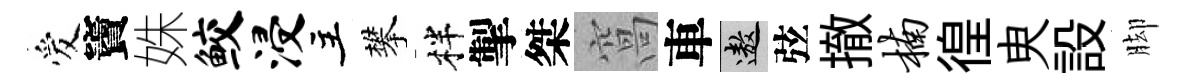
爱竇姝鲛浸主攀柈掣桀窩車遨弦撤楠徨㬰設脚